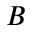
B